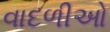
વાદળીઓ